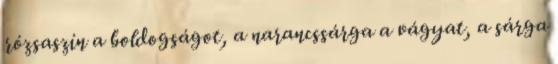
rózsaszín a boldogságot, a narancssárga a vágyat, a sárga